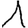
Digit: 1